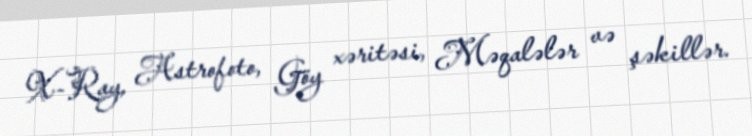
X-Ray, Astrofoto, Göy xəritəsi, Məqalələr və şəkillər.